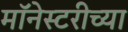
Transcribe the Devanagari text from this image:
मॉनेस्टरीच्या